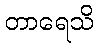
တာရေသိ